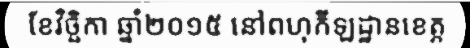
ខែវិច្ឆិកា ឆ្នាំ២០១៥ នៅពហុកីឡដ្ឋានខេត្ត